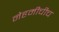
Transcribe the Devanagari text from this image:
नेहमीचीच